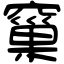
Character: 窼